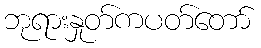
ဘုရားနှုတ်ကပတ်တော်